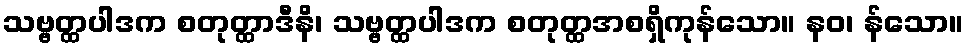
သဗ္ဗတ္ထပါဒက စတုတ္ထာဒီနိ၊ သဗ္ဗတ္ထပါဒက စတုတ္ထအစရှိကုန်သော။ နဝ၊ န်သော။